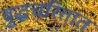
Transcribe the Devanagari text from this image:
बुद्धचरितात